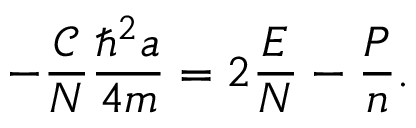
- \frac { \mathcal { C } } { N } \frac { \hbar ^ { 2 } a } { 4 m } = 2 \frac { E } { N } - \frac { P } { n } .